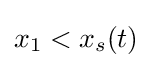
x_{1}<x_{s}(t)